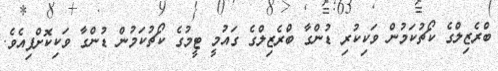
ބްރެޒިލްގެ ކޯޗުކަމުން ވަކިކުރި ޑުންގާ ބްރެޒިލްގެ ގައުމީ ޓީމުގެ ކޯޗުކަމުން ޑުންގާ ވަކިކޮށްފިއެވެ.